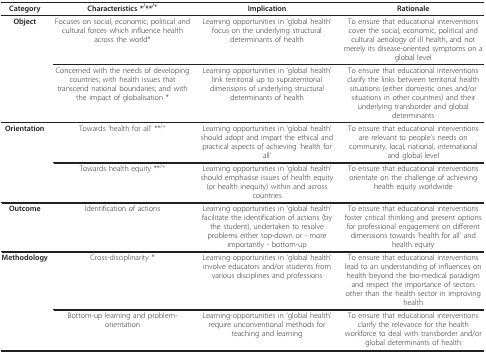
<table><thead><tr><td><b>Category</b></td><td><b>Characteristics *<sup>/</sup>**<sup>/+</sup></b></td><td><b>Implication</b></td><td><b>Rationale</b></td></tr></thead><tbody><tr><td><b>Object</b></td><td>Focuses on social, economic, political and cultural forces which influence health across the world*</td><td>Learning opportunities in &#x27;global health&#x27; focus on the underlying structural determinants of health</td><td>To ensure that educational interventions cover the social, economic, political and cultural aetiology of ill health, and not merely its disease-oriented symptoms on a global level</td></tr><tr><td></td><td>Concerned with the needs of developing countries; with health issues that transcend national boundaries; and with the impact of globalisation *</td><td>Learning opportunities in &#x27;global health&#x27; link territorial up to supraterritorial dimensions of underlying structural determinants of health</td><td>To ensure that educational interventions clarify the links between territorial health situations (either domestic ones and/or situations in other countries) and their underlying transborder and global determinants</td></tr><tr><td><b>Orientation</b></td><td>Towards &#x27;health for all&#x27; **<sup>/+</sup></td><td>Learning opportunities in &#x27;global health&#x27; should adopt and impart the ethical and practical aspects of achieving &#x27;health for all&#x27;</td><td>To ensure that educational interventions are relevant to people&#x27;s needs on community, local, national, international and global level</td></tr><tr><td></td><td>Towards health equity **<sup>/+</sup></td><td>Learning opportunities in &#x27;global health&#x27; should emphasise issues of health equity (or health inequity) within and across countries</td><td>To ensure that educational interventions orientate on the challenge of achieving health equity worldwide</td></tr><tr><td><b>Outcome</b></td><td>Identification of actions</td><td>Learning opportunities in &#x27;global health&#x27; facilitate the identification of actions (by the student), undertaken to resolve problems either top-down or - more importantly - bottom-up</td><td>To ensure that educational interventions foster critical thinking and present options for professional engagement on different dimensions towards &#x27;health for all&#x27; and health equity</td></tr><tr><td><b>Methodology</b></td><td>Cross-disciplinarity *</td><td>Learning opportunities in &#x27;global health&#x27; involve educators and/or students from various disciplines and professions</td><td>To ensure that educational interventions lead to an understanding of influences on health beyond the bio-medical paradigm and respect the importance of sectors other than the health sector in improving health</td></tr><tr><td></td><td>Bottom-up learning and problem-orientation</td><td>Learning-opportunities in &#x27;global health&#x27; require unconventional methods for teaching and learning</td><td>To ensure that educational interventions clarify the relevance for the health workforce to deal with transborder and/or global determinants of health</td></tr></tbody></table>